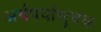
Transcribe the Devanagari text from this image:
अर्थपर्यासूचक